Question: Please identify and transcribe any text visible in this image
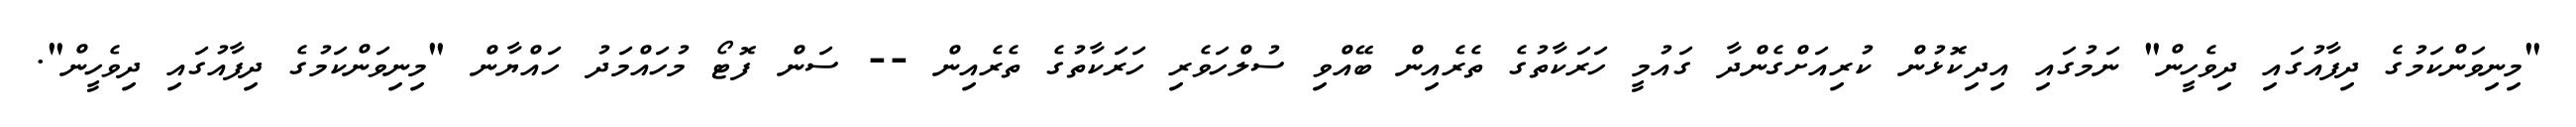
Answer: "މިނިވަންކަމުގެ ދިފާއުގައި ދިވެހީން" ނަމުގައި އިދިކޮޅުން ކުރިއަށްގެންދާ ގައުމީ ހަރަކާތުގެ ތެރެއިން ބޭއްވި ސުލްހަވެރި ހަރަކާތުގެ ތެރެއިން -- ސަން ފޮޓޯ މުހައްމަދު ހައްޔާން "މިނިވަންކަމުގެ ދިފާއުގައި ދިވެހީން".